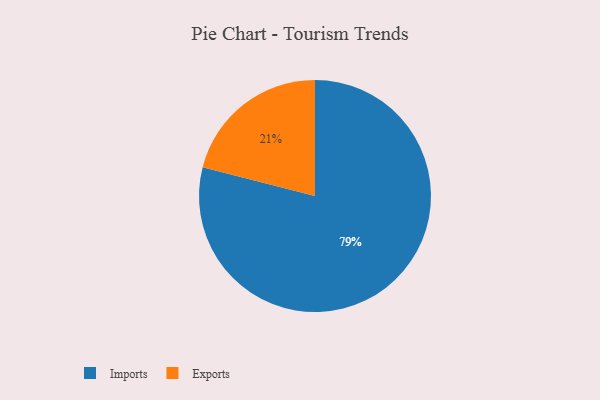
{"axis": {"x": "Category", "y": "Percentage"}, "legend": ["Exports", "Imports"], "data": [{"x": "Exports", "y": 21, "type": "Exports"}, {"x": "Imports", "y": 79, "type": "Imports"}]}